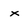
Character: x